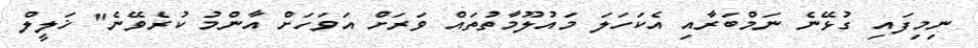
ނިމިފައި ގުޅޭނެ ނަމްބަރާއި އެކަހަލަ މައުލޫމާތުތައް ވަރަށް އަވަހަށް އާންމު ކުރެވޭނެ" ޚަލީލް